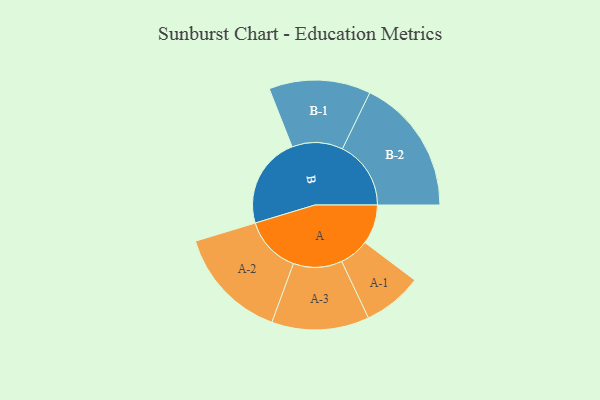
{"axis": {"x": "Segment", "y": "Value"}, "legend": ["", "A", "B"], "data": [{"x": "A", "y": 168, "type": ""}, {"x": "B", "y": 388, "type": ""}, {"x": "A-1", "y": 126, "type": "A"}, {"x": "A-2", "y": 241, "type": "A"}, {"x": "A-3", "y": 207, "type": "A"}, {"x": "B-1", "y": 216, "type": "B"}, {"x": "B-2", "y": 291, "type": "B"}]}